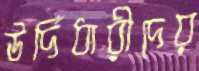
উর্দিধারীদের